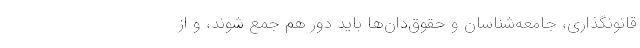
قانونگذاری، جامعه‌شناسان و حقوق‌دان‌ها باید دور هم جمع شوند، و از